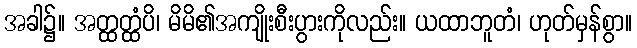
အခါ၌။ အတ္ထတ္ထံပိ၊ မိမိ၏အကျိုးစီးပွားကိုလည်း။ ယထာဘူတံ၊ ဟုတ်မှန်စွာ။